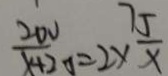
\frac { 2 0 v } { x + 2 0 } = 2 \times \frac { 7 5 } { x }